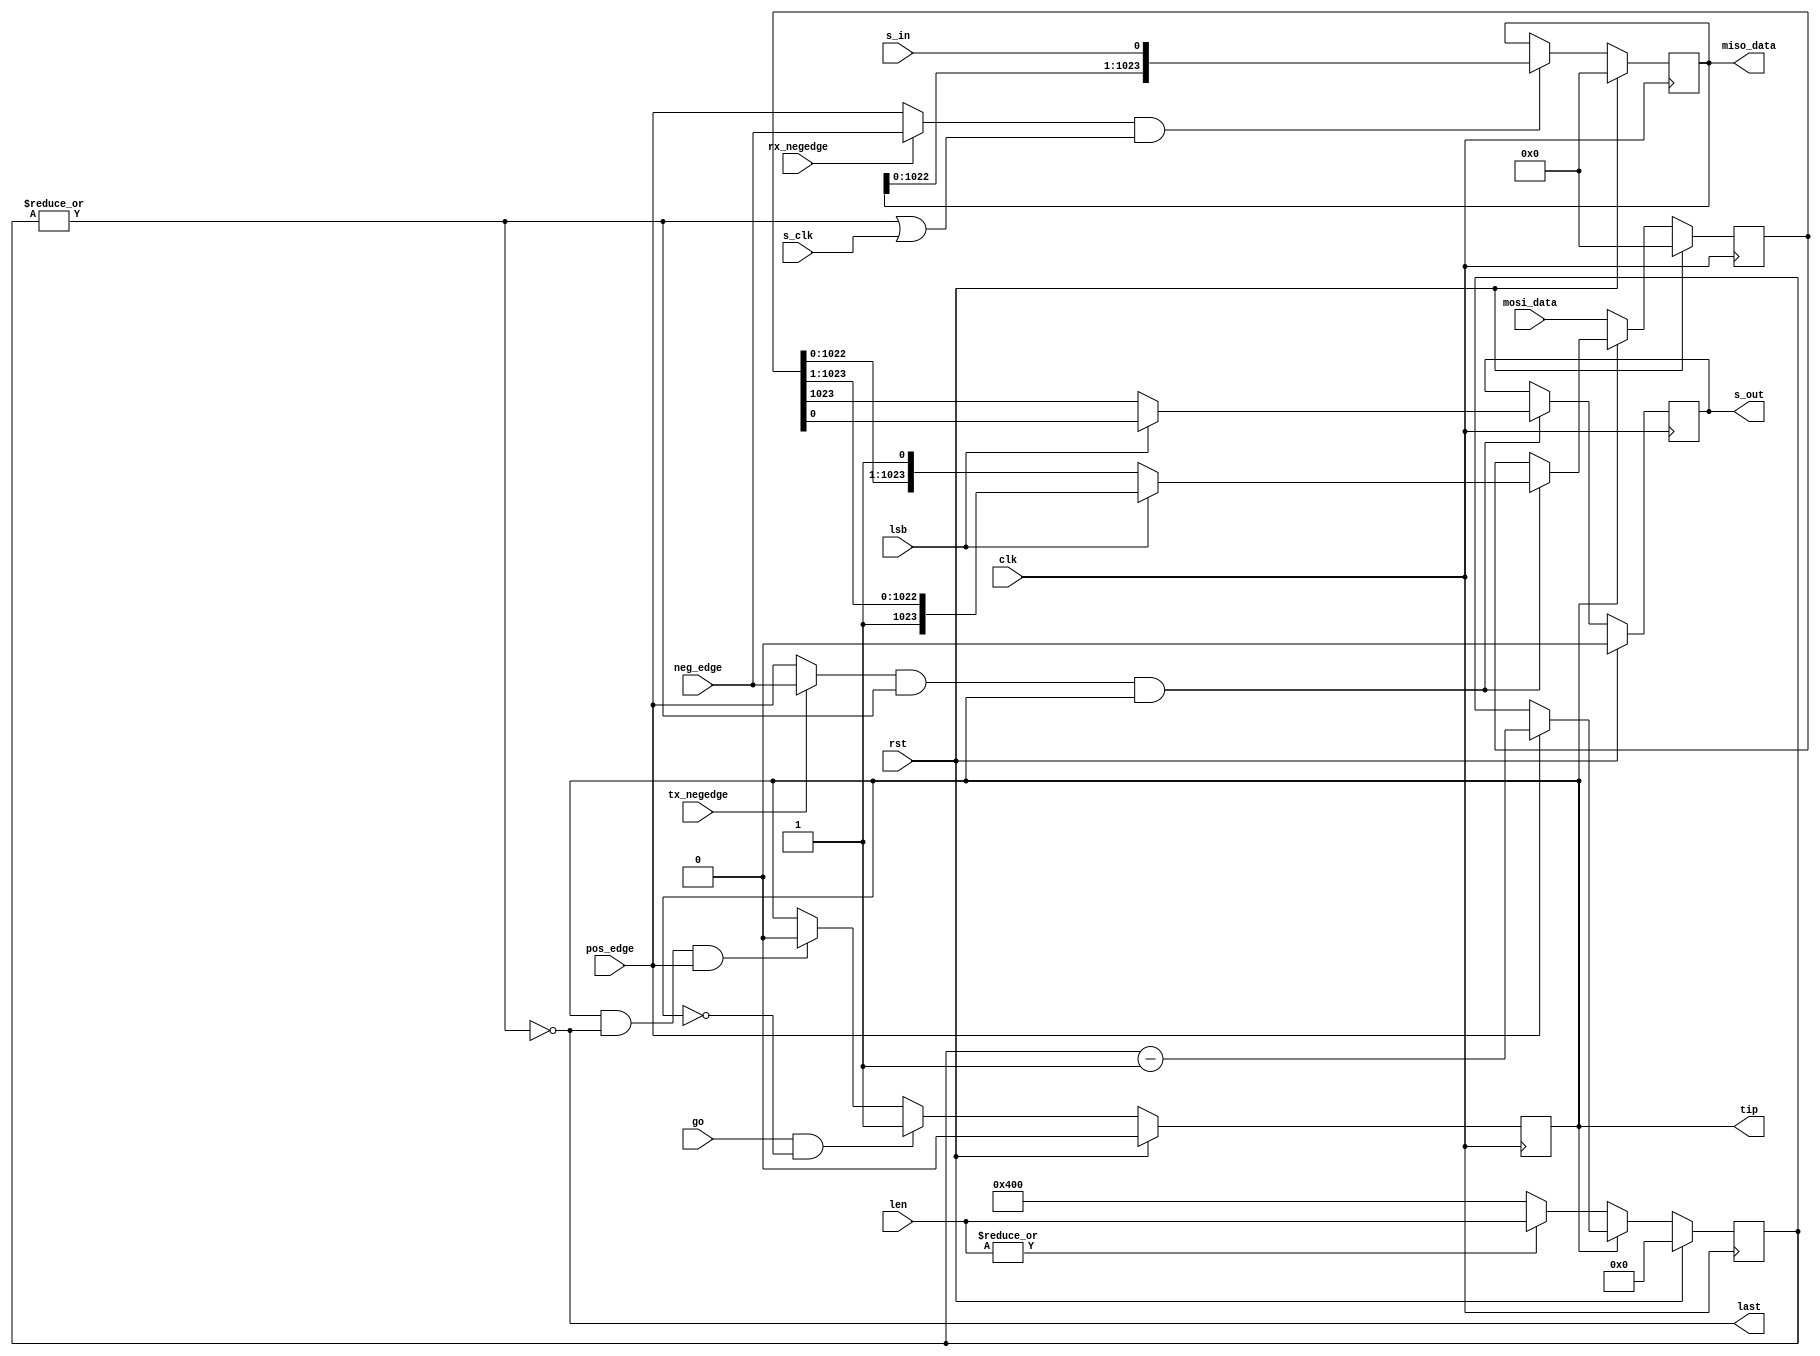
module spi_shift_2 #(
  parameter SPI_CHAR_LEN_BITS = 10
)(
  input                           clk,          
  input                           rst,          
  input       [31:0]              len,          
  input                           lsb,          
  input                           go,           
  input                           pos_edge,     
  input                           neg_edge,     
  input                           rx_negedge,   
  input                           tx_negedge,   
  output  reg                     tip,          
  output                          last,         
  input                           s_clk,        
  input                           s_in,         
  output  reg                     s_out,        
  output  reg [SPI_MAX_CHAR-1:0]  miso_data,    
  input       [SPI_MAX_CHAR-1:0]  mosi_data     
);
localparam  SPI_MAX_CHAR        = 2 ** SPI_CHAR_LEN_BITS;
reg     [31:0]                  cnt;          
reg     [SPI_MAX_CHAR-1:0]      data;         
wire                            rx_clk;       
wire                            tx_clk;       
assign last = !(|cnt);
assign rx_clk = (rx_negedge ? neg_edge : pos_edge) && (!last || s_clk);
assign tx_clk = (tx_negedge ? neg_edge : pos_edge) && !last;
always @(posedge clk) begin
  if(rst) begin
    cnt <=  0;
  end
  else begin
    if(tip) begin
      cnt <=  pos_edge ? (cnt - 1) : cnt;
    end
    else begin
      cnt <=  !(|len) ? {1'b1, {SPI_CHAR_LEN_BITS{1'b0}}} : len;
    end
  end
end
always @(posedge clk) begin
  if(rst) begin
    tip <=  1'b0;
  end
  else begin
    if(go && ~tip) begin
      tip <=  1'b1;
    end
    else if(tip && last && pos_edge) begin
      tip <=  1'b0;
    end
  end
end
always @(posedge clk) begin
  if (rst) begin
    s_out   <=  1'b0;
    data    <=  0;
  end
  else begin
    if (tx_clk && tip) begin
      if (!lsb) begin
        s_out         <=  data[(SPI_MAX_CHAR - 1)];
        data     <=  {data[(SPI_MAX_CHAR - 2):0], 1'b1};
      end
      else begin
        s_out         <=  data[0];
        data     <=  {1'b1, data[(SPI_MAX_CHAR - 1):1]};
      end
    end
    if (!tip) begin
      data            <=  mosi_data;
    end
  end
end
always @(posedge clk) begin
  if (rst) begin
    miso_data     <=  0;
  end
  else begin
    if (rx_clk) begin
      miso_data <=  {miso_data[(SPI_MAX_CHAR - 2):0], s_in};
    end
  end
end
endmodule